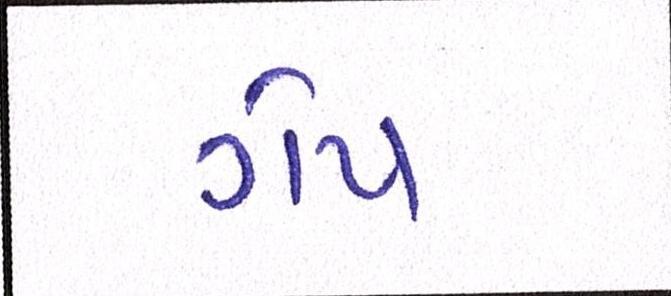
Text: ગેપ